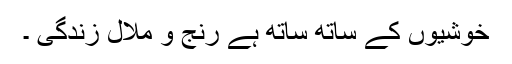
خوشیوں کے ساتھ ساتھ ہے رنج و ملال زندگی ۔